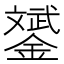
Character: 𨭉